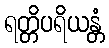
ရတ္တိပရိယန္တံ